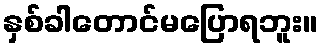
နှစ်ခါတောင်မပြောရဘူး။